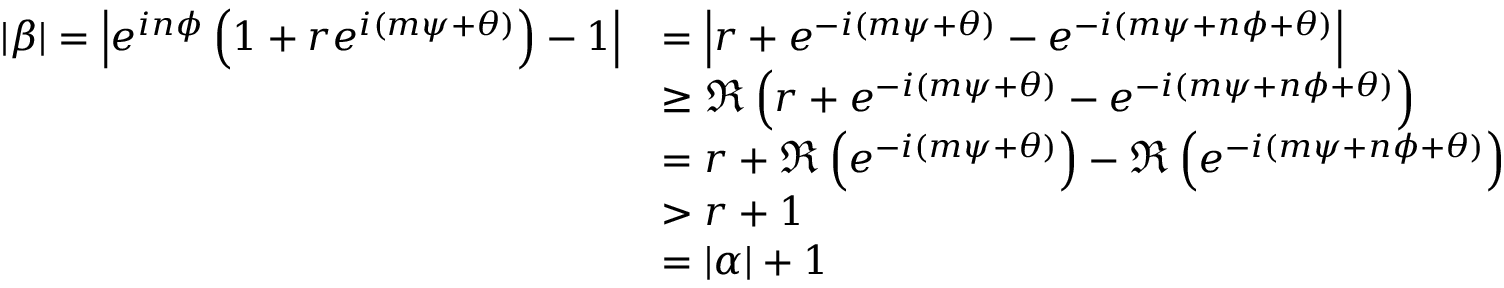
\begin{array} { r l } { | \beta | = \left| e ^ { i n \phi } \left( 1 + r e ^ { i ( m \psi + \theta ) } \right) - 1 \right| } & { = \left| r + e ^ { - i ( m \psi + \theta ) } - e ^ { - i ( m \psi + n \phi + \theta ) } \right| } \\ & { \geq \Re \left( r + e ^ { - i ( m \psi + \theta ) } - e ^ { - i ( m \psi + n \phi + \theta ) } \right) } \\ & { = r + \Re \left( e ^ { - i ( m \psi + \theta ) } \right) - \Re \left( e ^ { - i ( m \psi + n \phi + \theta ) } \right) } \\ & { > r + 1 } \\ & { = | \alpha | + 1 } \end{array}